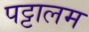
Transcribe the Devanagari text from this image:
पट्टालम